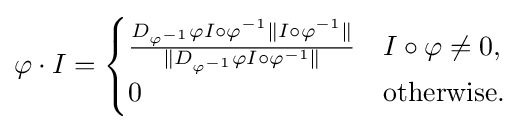
\varphi \cdot I={\begin{cases}{\frac {D_{\varphi ^{-1}}\varphi I\circ \varphi ^{-1}\|I\circ \varphi ^{-1}\|}{\|D_{\varphi ^{-1}}\varphi I\circ \varphi ^{-1}\|}}&I\circ \varphi \neq 0,\\0&{\text{otherwise.}}\end{cases}}